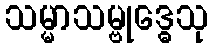
သမ္မာသမ္ဗုဒ္ဓေသု